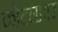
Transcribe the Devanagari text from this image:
कोटलावर